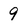
Character: 9